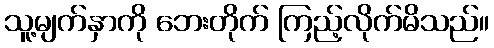
သူ့မျက်နှာကို ဘေးတိုက် ကြည့်လိုက်မိသည်။